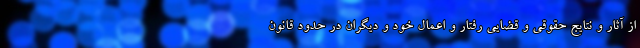
از آثار و نتایج حقوقی و قضایی رفتار و اعمال خود و دیگران در حدود قانون